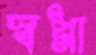
স্বপ্না